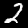
Label: 2